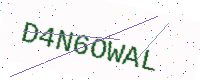
Text: D4N6OWAL